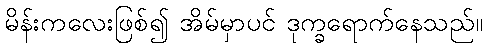
မိန်းကလေးဖြစ်၍ အိမ်မှာပင် ဒုက္ခရောက်နေသည်။